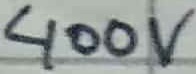
Text: 400V